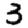
Digit: 3